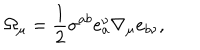
\Omega _ { \mu } = \frac { 1 } { 2 } \sigma ^ { a b } e _ { a } ^ { \nu } \nabla _ { \mu } e _ { b \nu } ,